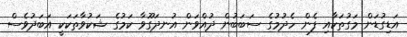
އަޑިގުޑަން މަގުތަކާއި ފެން ހެދުމުގެ ސަބަބުން ދުއްވަން އުނދަގޫވާ ކަމުގެ ޝަކުވާތަކަކީ އަބަދުވެސް